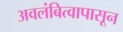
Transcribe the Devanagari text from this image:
अवलंबित्वापासून